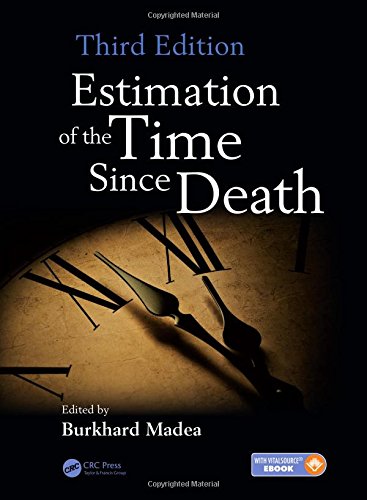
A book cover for Estimation of the Time Since Death, Third Edition; Law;